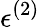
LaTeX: \epsilon^{(2)}